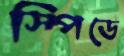
স্পিডে